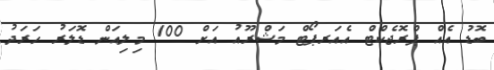
ބޮޑު އެއް ޕްރޮޖެކްޓް އެއަރޕޯޓް މަޝްރޫއު އަށް 100 މިލިއަން ޑޮލަރު ހަރަދު